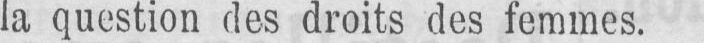
la question des droits des femmes.